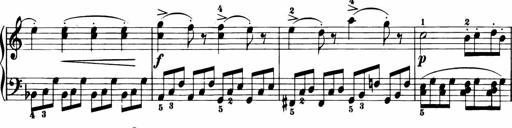
Title: 11 Sonatinas for Piano Solo
Composer: Anton Diabelli